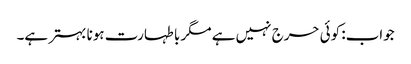
جواب: کوئی حرج نہیں ہے مگر با طہارت ہونا بہتر ہے۔